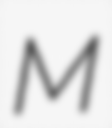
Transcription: M